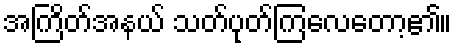
အကြိတ်အနယ် သတ်ပုတ်ကြလေတော့၏။